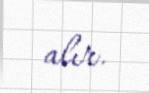
alır.